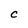
Character: C